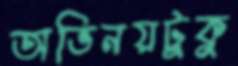
অভিনয়টুকু